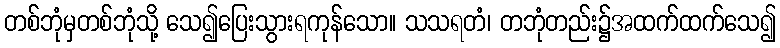
တစ်ဘုံမှတစ်ဘုံသို့ သေ၍ပြေးသွားရကုန်သော။ သသရတံ၊ တဘုံတည်း၌အထက်ထက်သေ၍